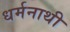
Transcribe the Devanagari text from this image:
धर्मनाथी